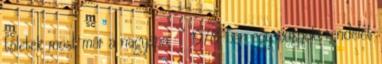
tőletek most már a nagyapa. " 1978-ban egy püspöki rendelet